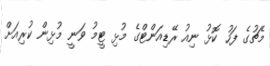
މެޗުގެ ފަހު ކޮޅު ނިއު ރޭޑިއަންޓްގެ މުޅި ޓީމު ވަނީ މުޅިން ކުރިއަށް